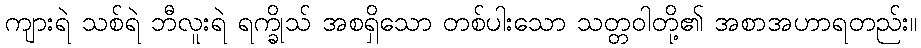
ကျားရဲ သစ်ရဲ ဘီလူးရဲ ရက္ခိုသ် အစရှိသော တစ်ပါးသော သတ္တဝါတို့၏ အစာအဟာရတည်း။